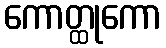
ကောတ္ထုကော